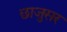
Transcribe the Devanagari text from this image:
छाजुसर